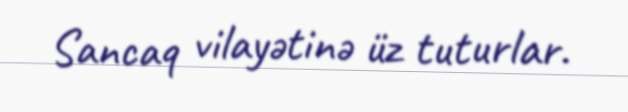
Sancaq vilayətinə üz tuturlar.